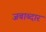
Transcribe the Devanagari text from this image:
जबाब्दार